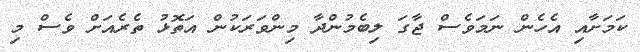
ކަމަށާއި އެހެން ނަމަވެސް ޖާގަ ލިބެމުންދާ މިންވަރަކުން އަތޮޅު ތެރެއަށް ވެސް މި